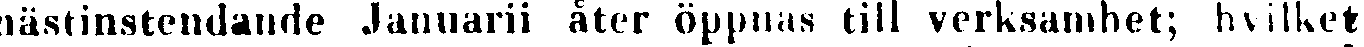
nästinstendande Januarii åter öppnas till verksamhet; hvilket